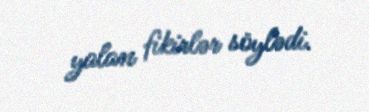
yalan fikirlər söylədi.